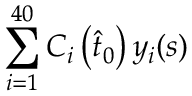
\sum _ { i = 1 } ^ { 4 0 } C _ { i } \left( \hat { t } _ { 0 } \right) y _ { i } ( s )